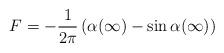
LaTeX: \begin{align*}F = -\frac{1}{2\pi}\left(\alpha(\infty) - \sin \alpha(\infty)\right)\end{align*}